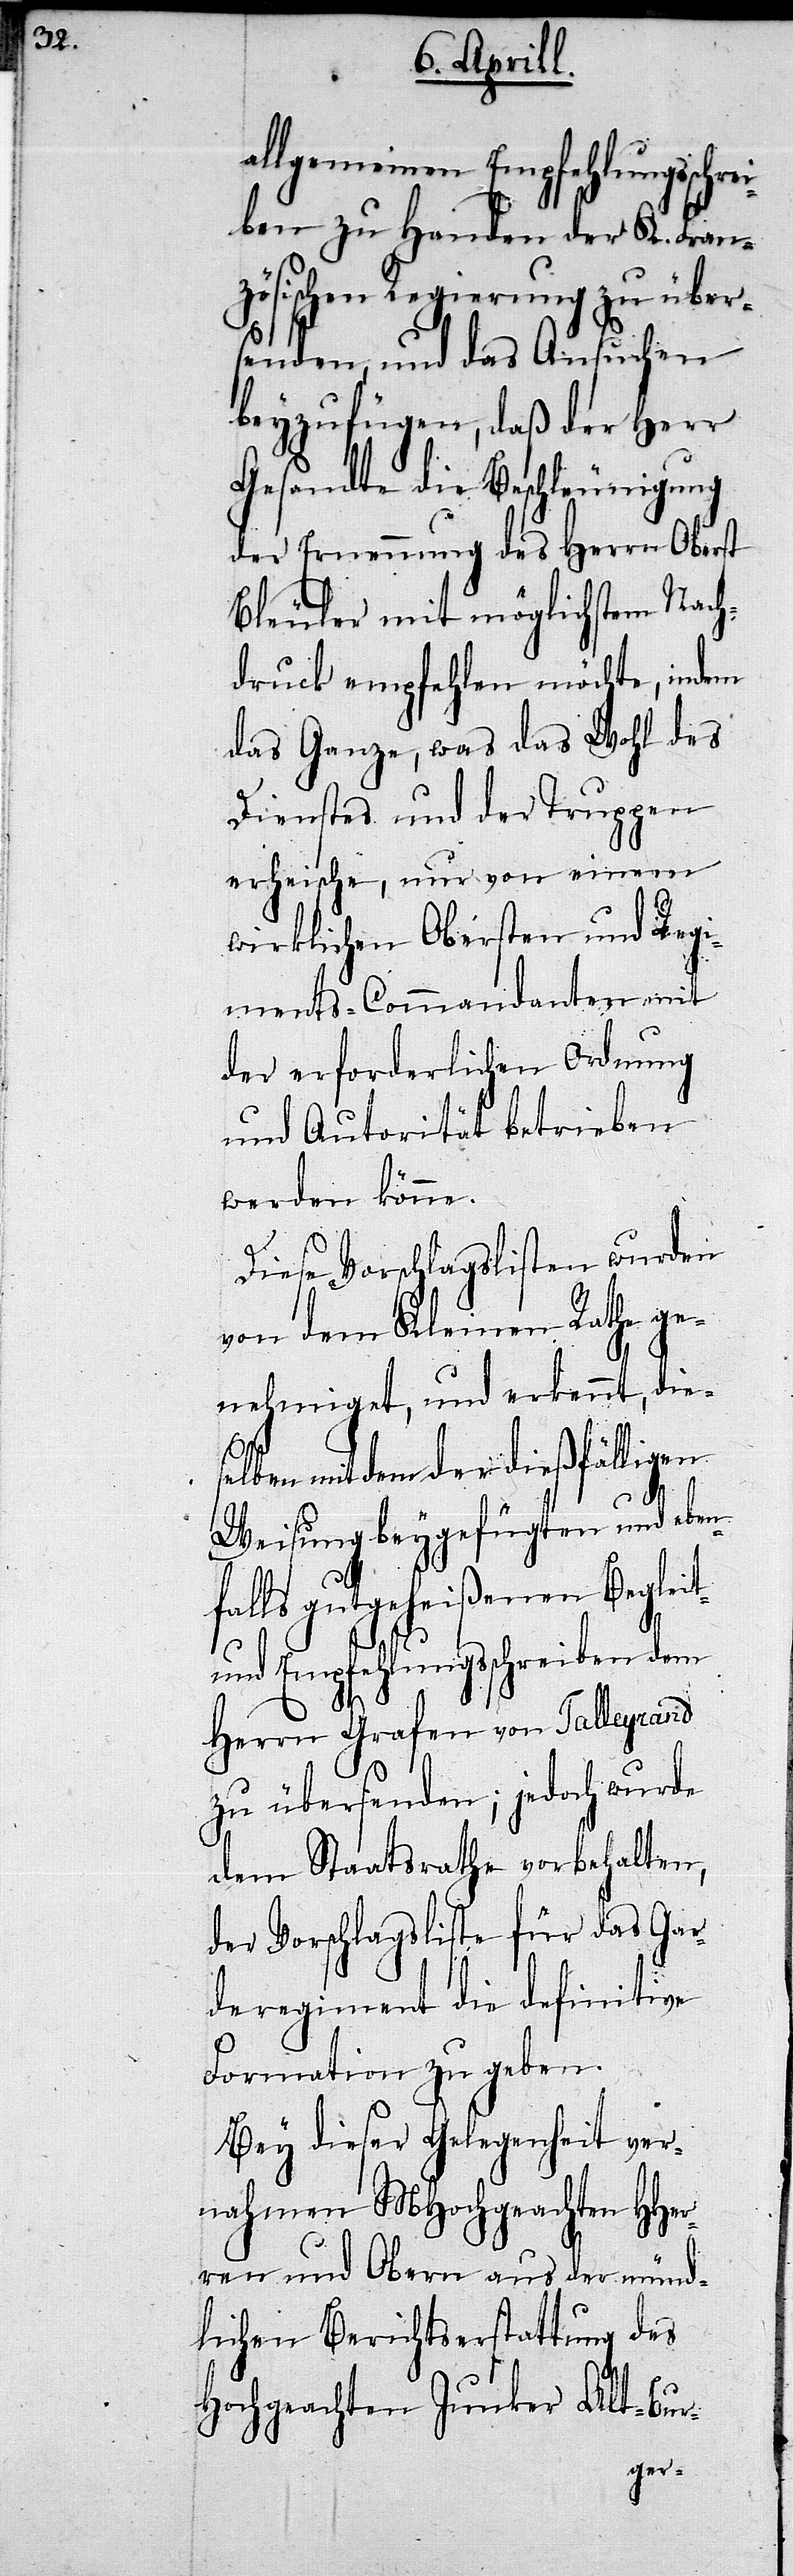
allgemeinen Empfehlungsschr¬
eiben zu Handen der K. Fran¬
zösischen Regierung zu über¬
senden, und das Ansuchen
beyzufügen, daß der Herr
Gesandte die Beschleunigung
der Erneuerung des Herrn Oberst
Bleuler mit möglichstem Nach¬
druck empfehlen möchte, indem
das Ganze, was das Wohl des
Dienstes und der Truppen
erheische, nur von einem
wirklichen Obersten und Regi¬
ments-Commandanten mit
der erforderlichen Ordnung
und Autorität betrieben
werden könne.
Diese Vorschlagslisten wurden
von dem Kleinen Rathe ge¬
nehmiget, und erkennt, die¬
selben mit dem der dießfälligen
Weisung beygefügten und eben¬
falls gutgeheißenen Begleit-
und Empfehlungsschreiben dem
Herrn Grafen von Talleyrand
zu übersenden; jedoch wurde
dem Staatsrathe vorbehalten,
der Vorschlagsliste für das Gar¬
deregiment die definitive
Formation zu geben.
Bey dieser Gelegenheit ver¬
nahmen MHochgeachten HHer¬
ren und Obern aus der münd¬
lichen Berichtserstattung des
Hochgeachten Junker Alt-Bur-